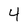
Character: 4